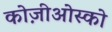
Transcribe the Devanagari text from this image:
कोज़ीओस्को